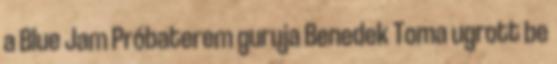
a Blue Jam Próbaterem guruja Benedek Toma ugrott be